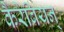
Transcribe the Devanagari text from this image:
कैरेबियन्